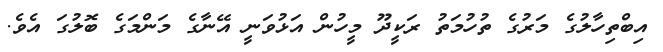
އިބްތިހާލުގެ މަރުގެ ތުހުމަތު ރަކީދޫ މީހުން އަޅުވަނީ އޭނާގެ މަންމަގެ ބޮލުގަ އެވެ.